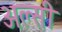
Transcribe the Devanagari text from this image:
अल्‍सी